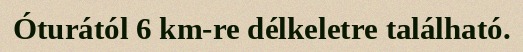
Óturától 6 km-re délkeletre található.